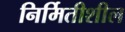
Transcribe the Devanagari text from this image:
निर्मितीशील